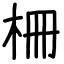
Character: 柵